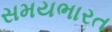
સમયભારત